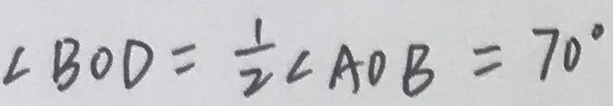
\angle B O D = \frac { 1 } { 2 } \angle A O B = 7 0 ^ { \circ }